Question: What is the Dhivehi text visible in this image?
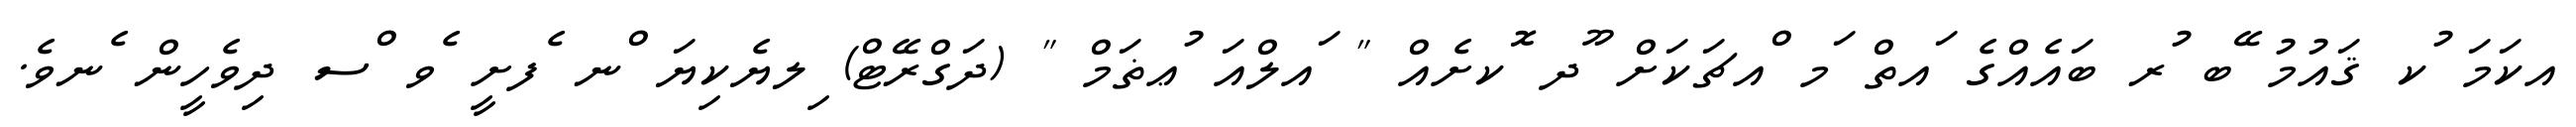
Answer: އކަމަ ުކ ޤައުމު ޭބ ުރ ބައެއްގެ ައތް ަމ ްއޗަކަށް ޫދ ޮކށެއް " ައލްއަ ުޢޡަމް " (ދަގްރޭޓް) ިލޔެކިޔަ ްނ ެފށީ ެވ ްސ ދިވެހީން ެނވެ.